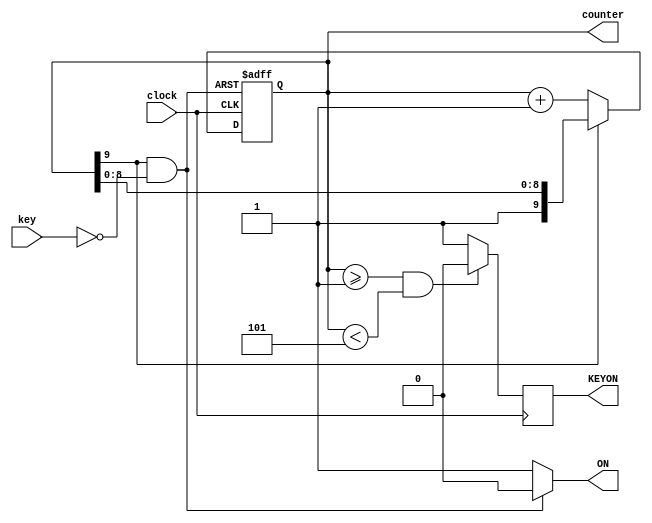
// ============================================================================
// Copyright (c) 2012 by Terasic Technologies Inc.
// ============================================================================
//
// Permission:
//
//   Terasic grants permission to use and modify this code for use
//   in synthesis for all Terasic Development Boards and Altrea Development 
//   Kits made by Terasic.  Other use of this code, including the selling 
//   ,duplication, or modification of any portion is strictly prohibited.
//
// Disclaimer:
//
//   This VHDL or Verilog source code is intended as a design reference
//   which illustrates how these types of functions can be implemented.
//   It is the user's responsibility to verify their design for
//   consistency and functionality through the use of formal
//   verification methods.  Terasic provides no warranty regarding the use 
//   or functionality of this code.
//
// ============================================================================
//           
//  Terasic Technologies Inc
//  9F., No.176, Sec.2, Gongdao 5th Rd, East Dist, Hsinchu City, 30070. Taiwan
//
//
//
//                     web: http://www.terasic.com/
//
// ============================================================================
//
// Major Functions:KEY triggle
//
// ============================================================================
//
// Revision History :
// ============================================================================
//   Ver  :| Author            :| Mod. Date :| Changes Made:
//   V1.0 :| Joe Yang          :| 05/07/10  :|      Initial Revision
// ============================================================================



`define  OUT_BIT  9

module keytr (
	key,
	ON,
	clock,
    KEYON,
    counter
	
	);
input	key;
output	ON;
output KEYON;
input	clock;
output [9:0]counter;


reg [9:0]counter;

reg  KEYON;
wire ON=((counter[`OUT_BIT]==1) && (key==0))?0:1; 

always @(negedge ON or posedge clock) begin
if (!ON)
	counter=0; 
	else	if (counter[`OUT_BIT]==0)
	counter=counter+1;	
end

always @(posedge clock) begin
if  ((counter>=1) && (counter <5))
	KEYON=0;
	else	
		KEYON=1;
end
	

endmodule